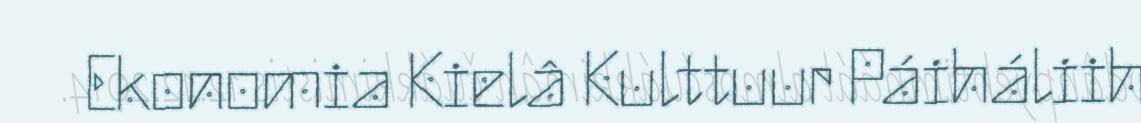
Ekonomia Kielâ Kulttuur Páiháliih